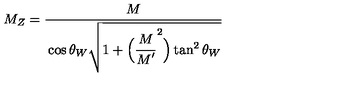
M _ { Z } = \frac { \strut \displaystyle M } { \strut \displaystyle \cos \theta _ { W } \sqrt { 1 + \Bigl ( \frac { \strut \displaystyle M } { \strut \displaystyle M ^ { \prime } } ^ { 2 } \Bigr ) \tan ^ { 2 } \theta _ { W } } }